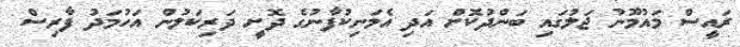
ރައީސް މައުމޫނު ޖަލުގައި ބަންދުކޮށް އަދި އެމަނިކުފާނުގެ ދޮށީ ދަރިކަލުން އަހުމަދު ފާރިސް